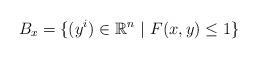
LaTeX: \begin{align*}B_{x}=\{(y^{i})\in \mathbb{R}^{n}~|~F(x,y)\leq 1\}\end{align*}